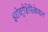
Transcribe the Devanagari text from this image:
इलेक्ट्रोडेसिकेशन